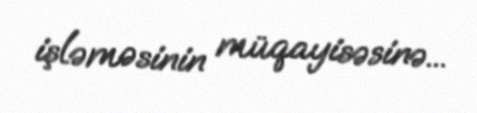
işləməsinin müqayisəsinə...